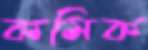
কমিক